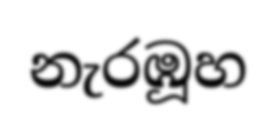
නැරඹූහ